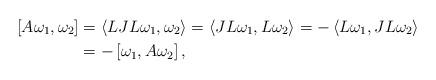
LaTeX: \begin{align*}\left[ A\omega_{1},\omega_{2}\right] & =\left\langle LJL\omega_{1},\omega_{2}\right\rangle =\left\langle JL\omega_{1},L\omega_{2}\right\rangle=-\left\langle L\omega_{1},JL\omega_{2}\right\rangle \\& =-\left[ \omega_{1},A\omega_{2}\right] ,\end{align*}